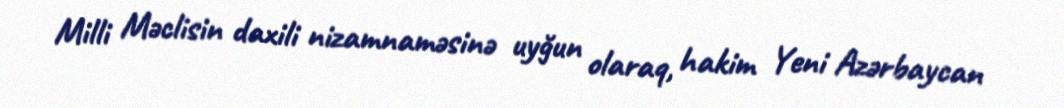
Milli Məclisin daxili nizamnaməsinə uyğun olaraq, hakim Yeni Azərbaycan